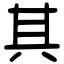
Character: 其